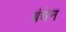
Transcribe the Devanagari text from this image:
बंचेन